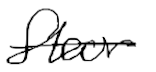
Text: floor
Cross-out: single-line
Writing tool: digital_black